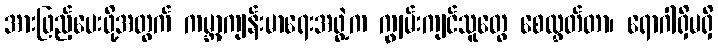
အားဖြည့်ပေးဖို့အတွက် ကမ္ဘာ့ကျန်းမာရေးအဖွဲ့က ကျွမ်းကျင်သူတွေ စေလွှတ်တာ၊ ရောဂါရှိမရှိ